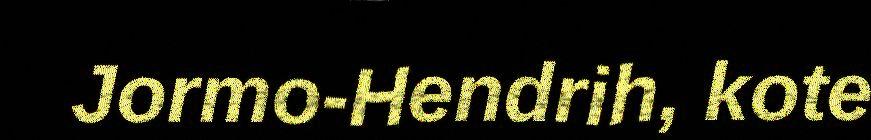
Jormo-Hendrih, kote